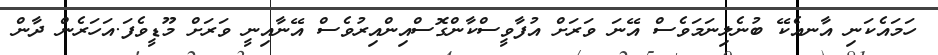
ހަމައެކަނި އާނއެކޭ ބުނެލިނަމަވެސް އޭނަ ވަރަށް އުފާވީސްކާންގޮސްއިންއިރުވެސް އޭނާއިނީ ވަރަށް މޫޑީވެފަ.އަހަރެން ދާން